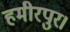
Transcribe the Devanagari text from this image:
हमीरपुर।